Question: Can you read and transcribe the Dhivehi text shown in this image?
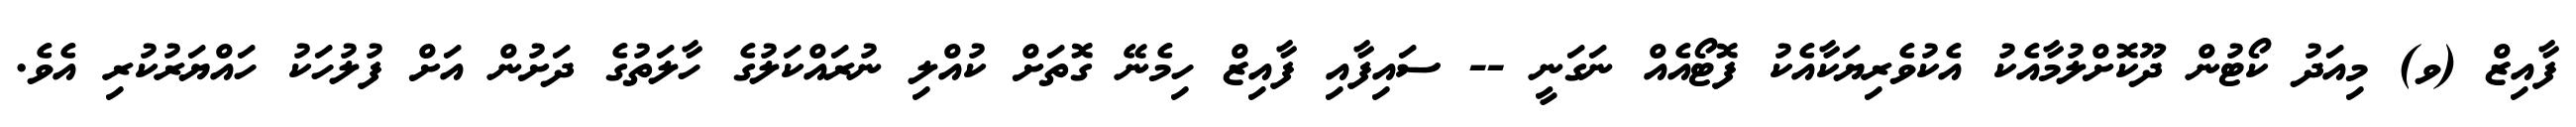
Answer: ފާއިޒް (ވ) މިއަދު ކޯޓުން ދޫކޮށްލުމާއެކު އެކުވެރިޔަކާއެކު ފޮޓޯއެއް ނަގަނީ -- ސައިފާއި ފާއިޒް ހިމެނޭ ގޮތަށް ކުއްލި ނުރައްކަލުގެ ހާލަތުގެ ދަށުން އަށް ފުލުހަކު ހައްޔަރުކުރި އެވެ.